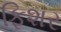
ફિશર